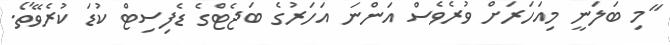
"މި ބަލަނީ މިއަހަރަށް ވުރެވެސް އަންނަ އަހަރުގެ ބަޖެޓްގެ ޑެފިސިޓް ކުޑަ ކުރެވޭތޯ.